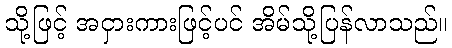
သို့ဖြင့် အငှားကားဖြင့်ပင် အိမ်သို့ပြန်လာသည်။